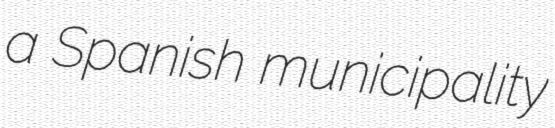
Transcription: a Spanish municipality